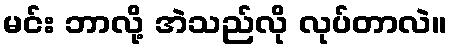
မင်း ဘာလို့ အဲသည်လို လုပ်တာလဲ။